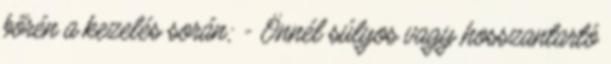
bőrén a kezelés során; - Önnél súlyos vagy hosszantartó